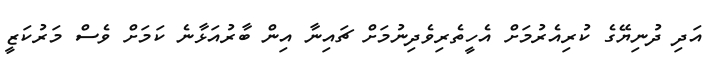
އަދި ދުނިޔޭގެ ކުރިއެރުމަށް އެހީތެރިވެދިނުމަށް ޗައިނާ އިން ބާރުއަޅާނެ ކަމަށް ވެސް މަރުކަޒީ